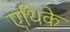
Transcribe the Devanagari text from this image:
एथिके